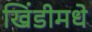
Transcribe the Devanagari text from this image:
खिंडीमधे